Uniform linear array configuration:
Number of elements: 32
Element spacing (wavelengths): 1
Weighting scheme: hann
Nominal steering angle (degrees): -60
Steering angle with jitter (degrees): -60.875
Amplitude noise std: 0.05
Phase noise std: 0.05

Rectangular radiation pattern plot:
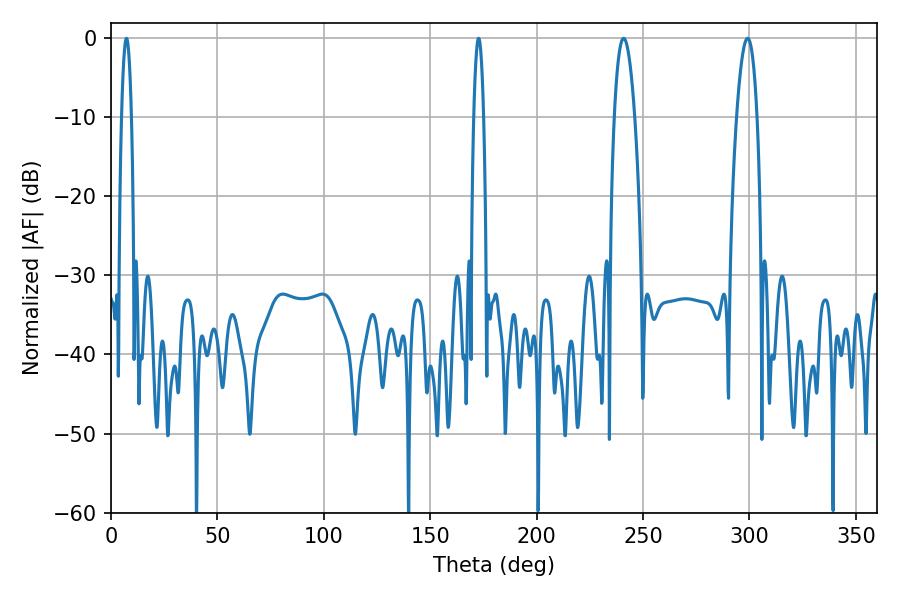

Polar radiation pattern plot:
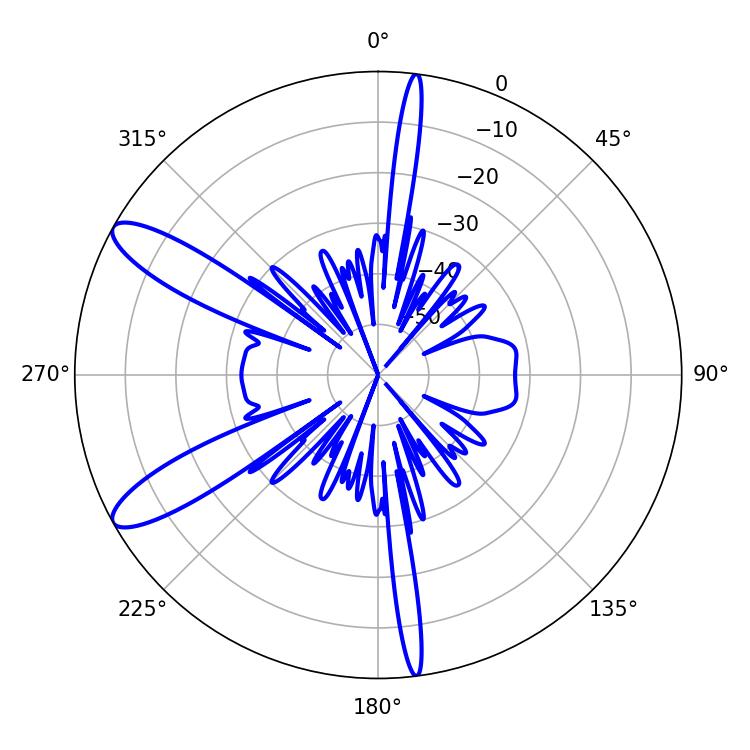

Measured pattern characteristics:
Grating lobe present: TRUE
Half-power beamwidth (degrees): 5.4
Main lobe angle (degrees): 240.84